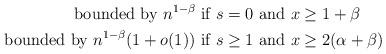
LaTeX: \begin{align*} \textrm{bounded by } n^{1-\beta} \textrm{ if } s = 0 \textrm{ and } x&\geq 1+\beta\\ \textrm{bounded by } n^{1-\beta}(1+o(1)) \textrm{ if } s\geq 1 \textrm{ and } x&\geq 2(\alpha+\beta) \end{align*}